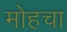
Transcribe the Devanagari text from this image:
मोहचा